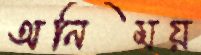
অনিময়